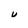
Character: U